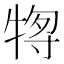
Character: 𰠶